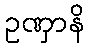
ဥဏှာနိ